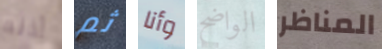
أذنه ثم وأنا الواضح المناظر